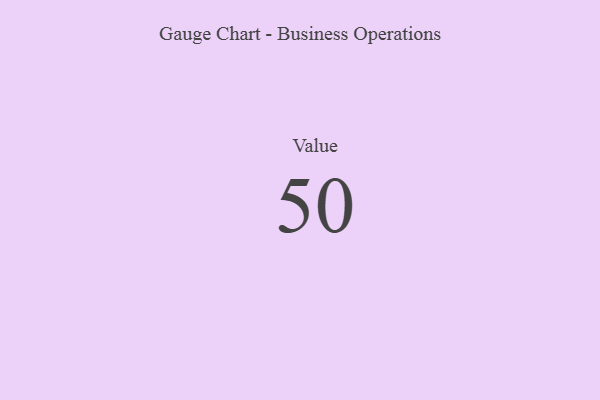
{"axis": {"x": "Metric", "y": "Value"}, "legend": [""], "data": [{"x": "Value", "y": 50, "type": ""}]}